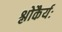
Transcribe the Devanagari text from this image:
श्लोकैर्यः